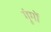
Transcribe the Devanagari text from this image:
गूंगों